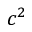
c ^ { 2 }